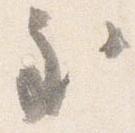
至